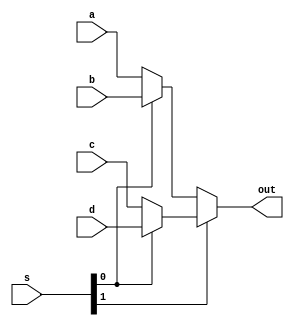
module MUX4x1 #(parameter N=32) ( input [N-1:0]a,
				input [N-1:0]b,
				input [N-1:0]c,
				input [N-1:0]d,
				input [1:0] s,
				output [N-1:0]out);
				
	assign out = s[1] ? (s[0] ? d : c) : (s[0] ? b : a);
	
endmodule